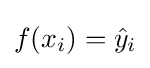
f(x_{i})={\hat {y}}_{i}